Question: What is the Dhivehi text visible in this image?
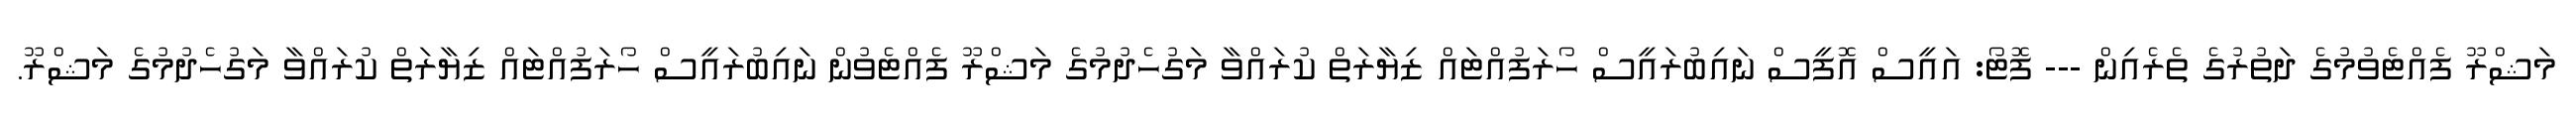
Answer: މަޝްރޫ ފެއްޓެވުމުގެ ދަތުރުގެ ތެރެއިން --- ފޮޓޯ: އައީސް އޮފީސް ނައިބުރައީސް ހޯރަފުއްޓައް ޒިޔާރަތް ކުރައްވާ މަގުހެދުމުގެ މަޝްރޫ ފެއްޓެވުން ނައިބުރައީސް ހޯރަފުއްޓައް ޒިޔާރަތް ކުރައްވާ މަގުހެދުމުގެ މަޝްރޫ.